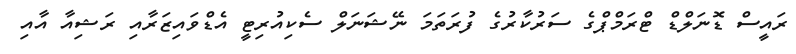
ރައީސް ޑޮނަލްޑް ޓްރަމްޕްގެ ސަރުކާރުގެ ފުރަތަމަ ނޭޝަނަލް ސެކިއުރިޓީ އެޑްވައިޒަރާއި ރަޝިއާ އާއި